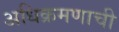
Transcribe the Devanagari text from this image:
अधिक्रमणाची